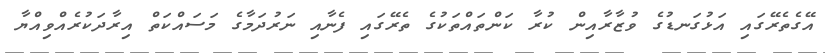
އޭގެތެރޭގައި އަޅުގަނޑުގެ ވުޒާރާއިން ކުރާ ކަންތައްތަކުގެ ތެރޭގައި ފެނާއި ނަރުދަމާގެ މަސައްކަތް އިރާދަކުރެއްވިއްޔާ